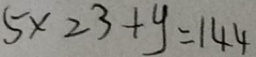
5 \times 2 3 + y = 1 4 4